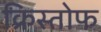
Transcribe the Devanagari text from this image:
क्रिस्तोफ